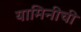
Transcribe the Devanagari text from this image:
यामिनीची